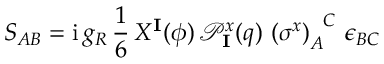
S _ { A B } = \mathrm { i } \, g _ { R } \, \frac { 1 } { 6 } \, X ^ { \mathbf { I } } ( \phi ) \, \mathcal { P } _ { \mathbf { I } } ^ { x } ( q ) \, \left( \sigma ^ { x } \right) _ { A } ^ { \phantom { A } C } \, \epsilon _ { B C }